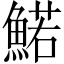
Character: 鰙